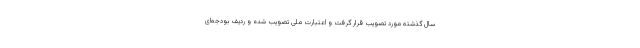
سال گذشته مورد تصویب قرار گرفت و اعتبارت ملی تصویب شده و ردیف بودجه‌ای